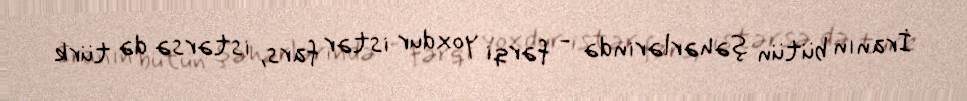
İranın bütün şəhərlərində - fərqi yoxdur istər fars, istərsə də türk